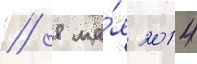
// 8 ма́я 2014